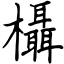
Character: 欇